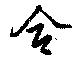
合